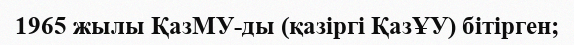
1965 жылы ҚазМУ-ды (қазіргі ҚазҰУ) бітірген;